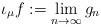
LaTeX: \begin{align*}\iota_\mu f := \lim\limits_{n\rightarrow\infty}g_n\end{align*}